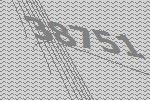
38751